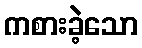
ကစားခဲ့သော